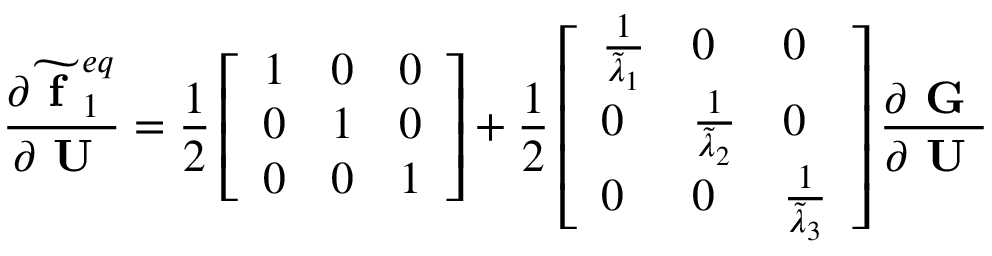
\frac { \partial \widetilde { \textbf { f } } _ { 1 } ^ { e q } } { \partial \textbf { U } } = \frac { 1 } { 2 } \left[ \begin{array} { l l l } { 1 } & { 0 } & { 0 } \\ { 0 } & { 1 } & { 0 } \\ { 0 } & { 0 } & { 1 } \end{array} \right] + \frac { 1 } { 2 } \left[ \begin{array} { l l l } { \frac { 1 } { \widetilde { \lambda } _ { 1 } } } & { 0 } & { 0 } \\ { 0 } & { \frac { 1 } { \widetilde { \lambda } _ { 2 } } } & { 0 } \\ { 0 } & { 0 } & { \frac { 1 } { \widetilde { \lambda } _ { 3 } } } \end{array} \right] \frac { \partial \textbf { G } } { \partial \textbf { U } }